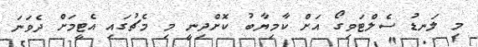
މި ލަނޑު ސެލްޓަވިގޯ އަށް ކާމިޔާބު ކޮށްދިނީ މި މެޗުގައި އެޓީމަށް ދެވަނަ